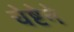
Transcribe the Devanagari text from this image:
चेष्टेने